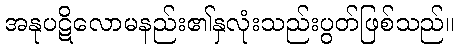
အနုပဋိလောမနည်း၏နှလုံးသည်းပွတ်ဖြစ်သည်။